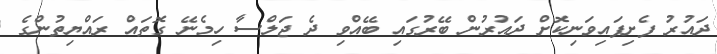
ދައުރު ފެށިފައިވަނިކޮށް ދައުރުން ބޭރުގައި ބޭއްވި ދެ ޖަލްސާ ހިމެނޭ ގޮތައް ރައްޔިތުންގެ